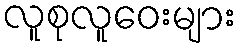
လူစုလူဝေးများ